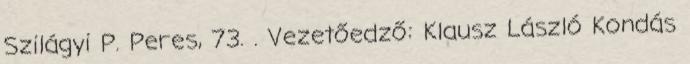
Szilágyi P. Peres, 73. . Vezetőedző: Klausz László Kondás